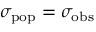
\sigma _ { \mathrm { p o p } } = \sigma _ { \mathrm { o b s } }